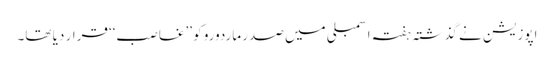
اپوزیشن نے گذشتہ ہفتہ اسمبلی میں صدر ماردورو کو ’’غاصب‘‘ قرار دیا تھا۔